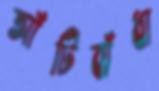
আঁটিবাঁধা